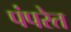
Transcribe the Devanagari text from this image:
पंपरेत